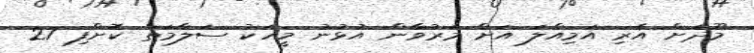
މޫދަށް އެރި އަމިއްލަ އަށް މަރުވާން އުޅުނު މީހަކު ސަލާމަތް ކޮށްފި 27